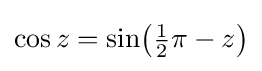
\cos z={\sin }{\bigl (}{\tfrac {1}{2}}\pi -z{\bigr )}